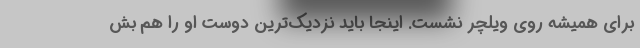
برای همیشه روی ویلچر نشست. اینجا باید نزدیک‌ترین دوست او را هم بش